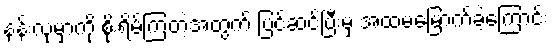
နန်းလုမှာကို စိုးရိမ်ကြတဲ့အတွက် ပြင်ဆင်ပြီးမှ အထမမြောက်ခဲ့ကြောင်း